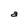
Character: a